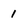
Character: 1